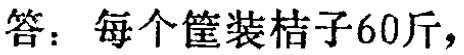
答：每个筐装桔子60斤，